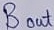
Text: Bout